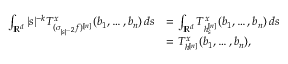
\begin{array} { r l } { \int _ { \mathbb { R } ^ { d } } | s | ^ { - k } T _ { ( \sigma _ { | s | ^ { - 2 } } f ) ^ { [ n ] } } ^ { x } ( b _ { 1 } , \ldots , b _ { n } ) \, d s } & { = \int _ { \mathbb { R } ^ { d } } T _ { h _ { s } ^ { [ n ] } } ^ { x } ( b _ { 1 } , \ldots , b _ { n } ) \, d s } \\ & { = T _ { h ^ { [ n ] } } ^ { x } ( b _ { 1 } , \ldots , b _ { n } ) , } \end{array}